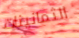
الثمانينات